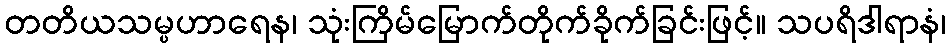
တတိယသမ္ပဟာရေန၊ သုံးကြိမ်မြောက်တိုက်ခိုက်ခြင်းဖြင့်။ သပရိဒါရာနံ၊